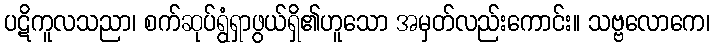
ပဋိကူလသညာ၊ စက်ဆုပ်ရွံရှာဖွယ်ရှိ၏ဟူသော အမှတ်လည်းကောင်း။ သဗ္ဗလောကေ၊